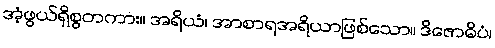
အံ့ဖွယ်ရှိစွတကား။ အရိယံ၊ အာစာရအရိယာဖြစ်သော။ ဒိဇောဓိပံ၊